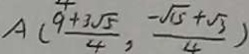
A ( \frac { 9 + 3 \sqrt { 5 } } { 4 } , \frac { - \sqrt { 1 5 } + \sqrt { 3 } } { 4 } )